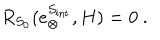
R _ { S _ { 0 } } ( e _ { \otimes } ^ { S _ { \mathrm { i n t } } } , H ) = 0 \ .